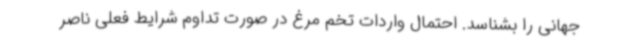
جهانی را بشناسد. احتمال واردات تخم مرغ در صورت تداوم شرایط فعلی ناصر